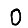
Digit: 0